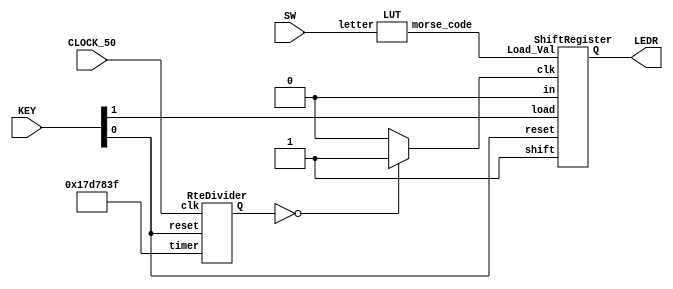
`timescale 1ns / 1ns // `timescale time_unit/time_precision

module MorseCode(CLOCK_50, LEDR, SW, KEY);
	input CLOCK_50;
	input [2:0] SW;
	input [1:0] KEY;
	output [0:0] LEDR;

	wire [27:0] Q;
	wire clk;

	wire [13:0] morse_code;
	wire out;
	LUT lut(SW[2:0], morse_code);
	RteDivider rd0(CLOCK_50, KEY[0], 28'b0001011111010111100000111111, Q);

	assign clk = (Q == 0 ? 1 : 0);
	ShiftRegister r0(morse_code, KEY[0], KEY[1], clk, 1'b0, 1'b1, out);

	assign LEDR[0] = out;
endmodule

module LUT(letter, morse_code);
	input [2:0] letter;
	output reg [13:0] morse_code;

	always @(letter)
	begin
	case(letter)
		3'b000: morse_code = 14'b00000000010101;
		3'b001: morse_code = 14'b00000000000111;
		3'b010: morse_code = 14'b00000001110101;
		3'b011: morse_code = 14'b00000111010101;
		3'b100: morse_code = 14'b00000111011101;
		3'b101: morse_code = 14'b00011101010111;
		3'b110: morse_code = 14'b01110111010111;
		3'b111: morse_code = 14'b00010101110111;
	endcase
	end
endmodule

module RteDivider(clk, reset, timer, Q);
	input clk, reset;
	input [27:0] timer;
	output reg [27:0] Q;

	always @(posedge clk)
	begin
		if(reset == 1'b0)
			Q <= 0;
		else if(Q == 0)
			Q <= timer;
		else
			Q <= Q - 1'b1;
	end
endmodule

module ShiftRegister(Load_Val, reset, load, clk, in, shift, Q);
	input [13:0] Load_Val;
	input reset, in, shift;
	input load;
	input clk;
	output Q;

	wire [13:0] bit;
	assign Q = bit[0];
	ShifterBit sb13(in, Load_Val[13], shift, load, reset, clk, bit[13]);
	ShifterBit sb12(bit[13], Load_Val[12], shift, load, reset, clk, bit[12]);
	ShifterBit sb11(bit[12], Load_Val[11], shift, load, reset, clk, bit[11]);
	ShifterBit sb10(bit[11], Load_Val[10], shift, load, reset, clk, bit[10]);
	ShifterBit sb9(bit[10], Load_Val[9], shift, load, reset, clk, bit[9]);
	ShifterBit sb8(bit[9], Load_Val[8], shift, load, reset, clk, bit[8]);
	ShifterBit sb7(bit[8], Load_Val[7], shift, load, reset, clk, bit[7]);
	ShifterBit sb6(bit[7], Load_Val[6], shift, load, reset, clk, bit[6]);
	ShifterBit sb5(bit[6], Load_Val[5], shift, load, reset, clk, bit[5]);
	ShifterBit sb4(bit[5], Load_Val[4], shift, load, reset, clk, bit[4]);
	ShifterBit sb3(bit[4], Load_Val[3], shift, load, reset, clk, bit[3]);
	ShifterBit sb2(bit[3], Load_Val[2], shift, load, reset, clk, bit[2]);
	ShifterBit sb1(bit[2], Load_Val[1], shift, load, reset, clk, bit[1]);
	ShifterBit sb0(bit[1], Load_Val[0], shift, load, reset, clk, bit[0]);

endmodule

module ShifterBit (in, load_val, shift, load_n, reset_n, clk, out);
	input in, load_val, shift, load_n, reset_n, clk;
	output out;

	wire mux_out;
	mux2to1 mux1(out, in, shift, mux_out);
	mux2to1 mux2(load_val, mux_out, load_n, mux2_out);
	DFlipFlop dff(reset_n, clk, mux2_out, out);
endmodule

module DFlipFlop(reset, clk, d, Q);
	input clk, reset, d;
	output reg Q;

	always @(posedge clk)
	begin
		if (reset == 1'b0)
			Q <= 1'b0;
		else
			Q <= d;
	end
endmodule

module mux2to1(x, y, s, m);
    input x;
    input y;
    input s;
    output m;

    assign m = s & y | ~s & x;

endmodule